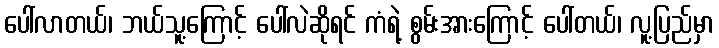
ပေါ်လာတယ်၊ ဘယ်သူ့ကြောင့် ပေါ်လဲဆိုရင် ကံရဲ့ စွမ်းအားကြောင့် ပေါ်တယ်၊ လူ့ပြည်မှာ